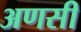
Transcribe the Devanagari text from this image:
अणसी